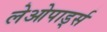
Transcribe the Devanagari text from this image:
लेओपार्ड्स